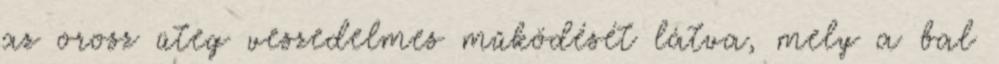
az orosz üteg veszedelmes működését látva, mely a bal